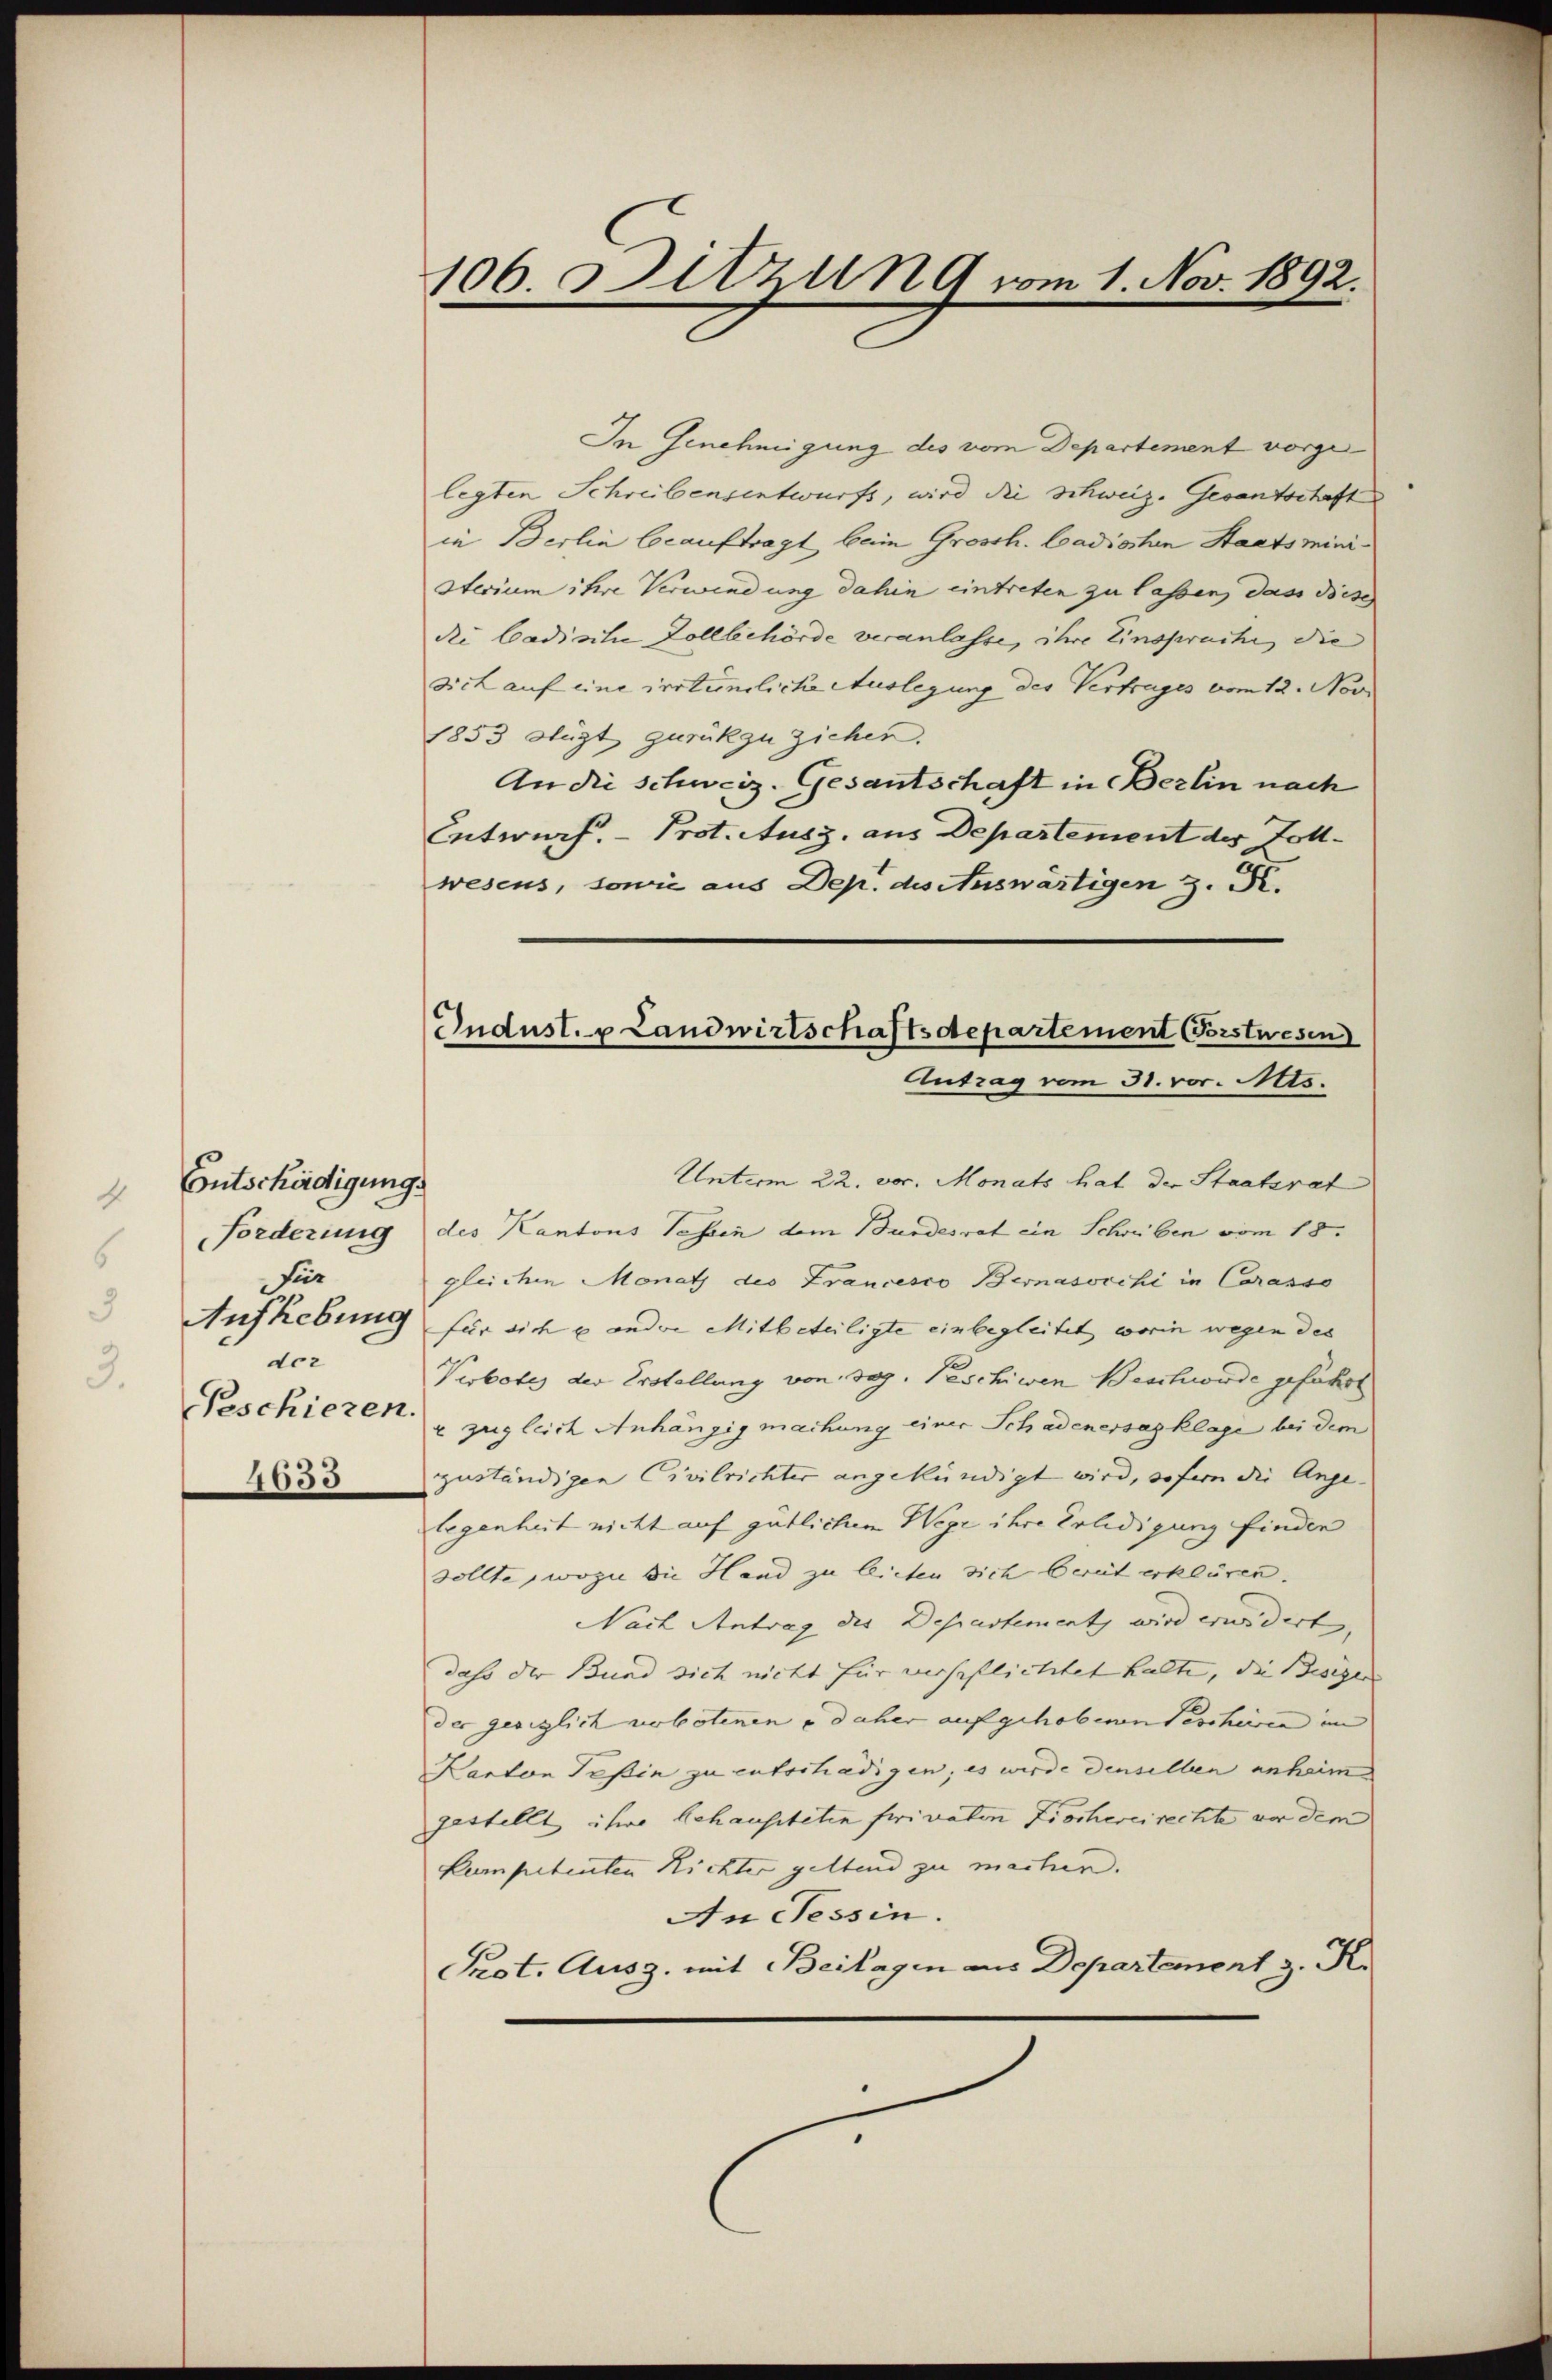
Entschädigung.
4
Forderung
6
für
Aufhebung
doz
3.
Peschieren.
4033

106 Sitzung vom 1. Nov. 1892.

Indust. v. Landwirtschaftsdepartement Porstwesen
Antrag vom 31. vor. Mts.

In Genehmigung des vom Departement vorgelegten Schreibensentwurfs, wird die Schweiz. Gesantschaft
in Berlin beauftragt, beim Grossh. badischen Staatsministerium ihre Verwendung dahin eintreten zu lassen, dass Bise
die Cadische Zollbehörde veranlasse, ihre Einsprache, die |
sich auf eine irrtümliche Auslegung des Vertrages vom 12. Nov
1853 fügt zurückzuziehen.
An die schweiz. Gesantschaft in Berlin nach
Entwurf. - Prot. Ausz, aus Departement der Zollwesens, sowie aus Dep. des Auswärtigen z. B.
Unterm 22. vor. Monats hat der Staatsrat
des Kantons Tessin dem Bundesrat ein Schreiben vom 18.
gleichen Monath des Francesco Bernasocchi in Corasso
für sich e andere Mitbeteiligte einbegleitet worin wegen des
Verbotes der Erstellung von sog. Peschiwen Beschwerde gefährt
r zugleich Anhängig machung einer Schadenersazklage bei dem
zuständigen Civilrichter angekündigt wird, sofern die Ange-
legenheit nicht auf gütlichen Wege ihre Erledigung finden
sollte, wozu die Hand zu lichen sich bereit erklären.
Nach Antrag des Departement wird erwidert, |
daß der Bund sich nicht für verspflichtet halte, die esigen |
der gesiglich verbotenen u daher aufgehobenen Tescheien im
Kanton Teßin zu entschädigen; es wurde denselben anheim
gestellt ihre behaussteten frivaten Fischereirechte vor dem
kompetenten Richter geltend zu machen.
An Tessin.
Prot. Ausg. mit Beilagen aus Departement z. K.